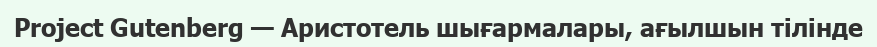
Project Gutenberg — Аристотель шығармалары, ағылшын тілінде